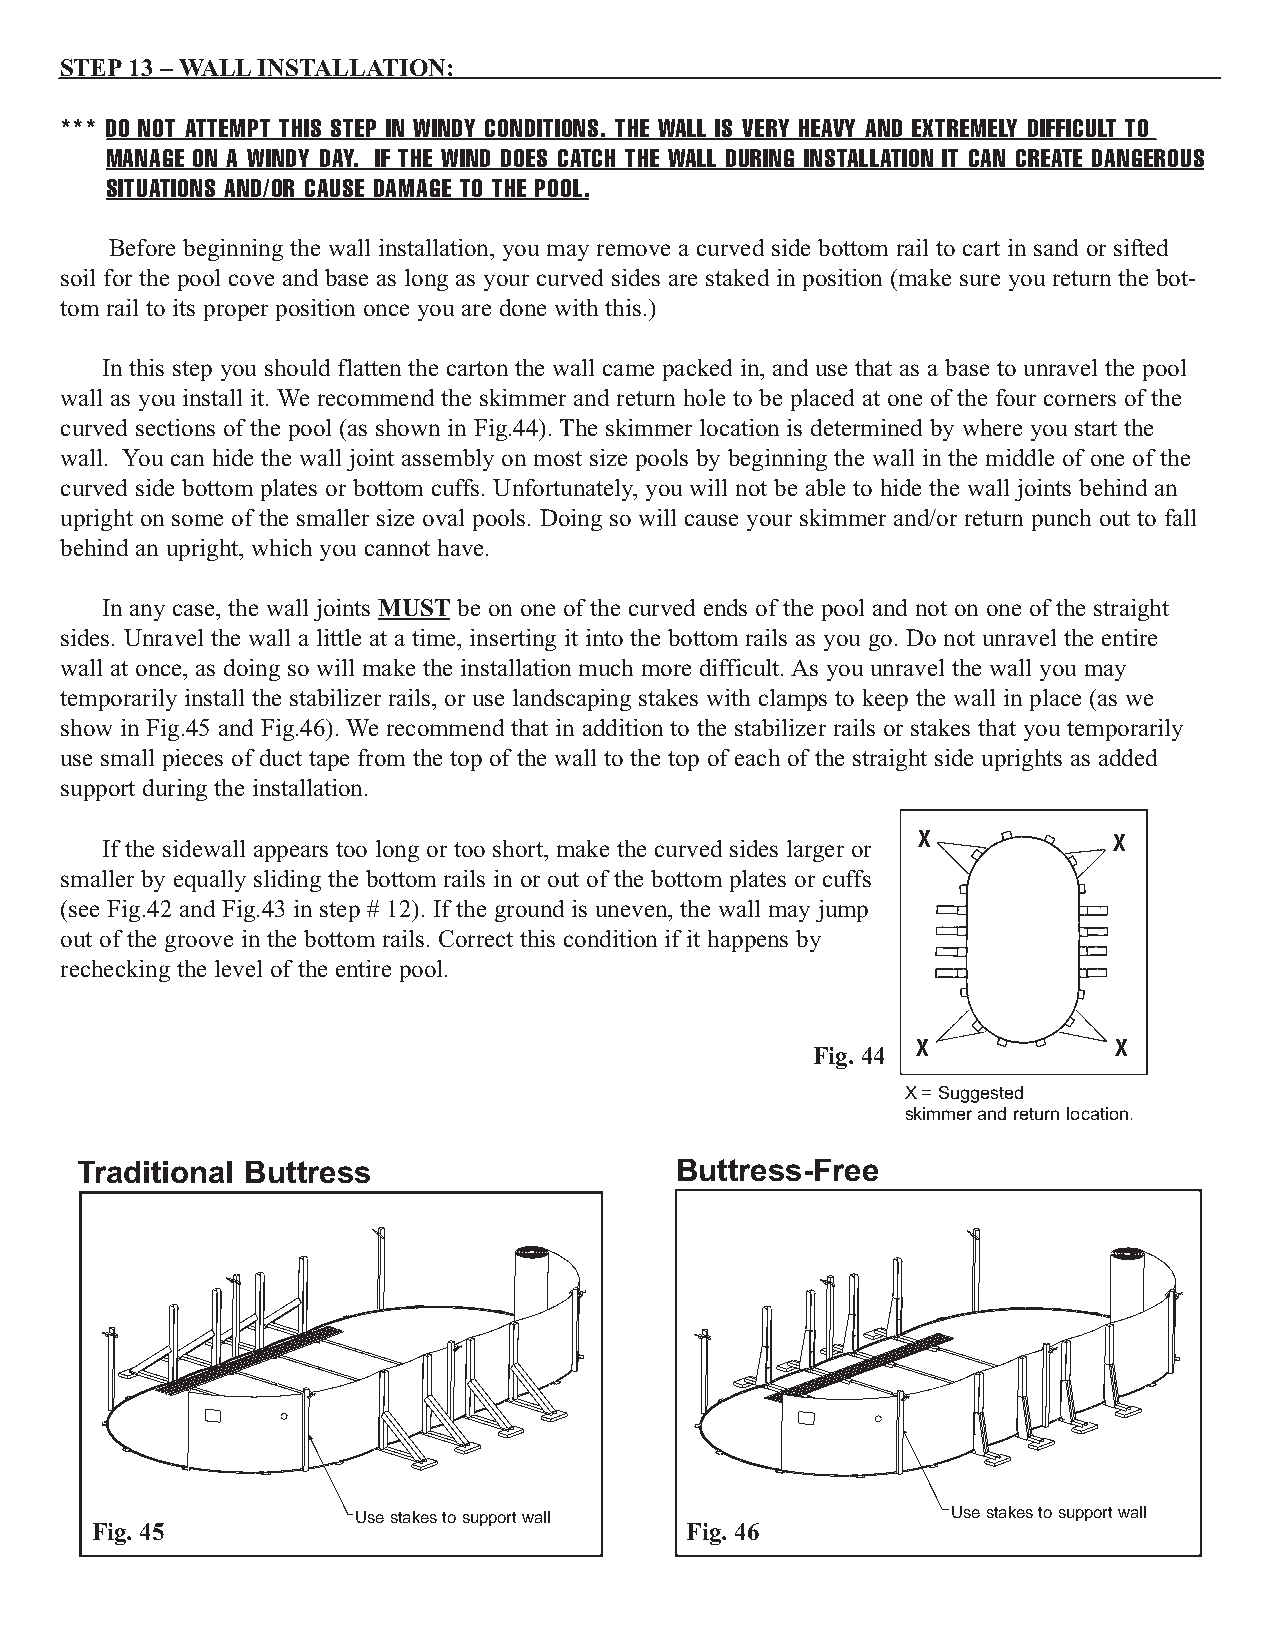
STEP13 – WALLINSTALLATION:
 *** DO NOT ATTEMPT THIS STEP IN WINDY CONDITIONS. THE WALL IS VERY HEAVY AND EXTREMELY DIFFICULT TO
 MANAGE ON A WINDY DAY. IF THE WIND DOES CATCH THE WALL DURING INSTALLATION IT CAN CREATE DANGEROUS
 SITUATIONS AND/OR CAUSE DAMAGE TO THE POOL.
 Before beginning the wall installation, you may remove a curved side bottom rail to cart in sand or sifted
 soil for the pool cove and base as long as your curved sides are staked in position (make sure you return the bot-
 tom rail to its proper position once you are done with this.)
 In this step you should flatten the carton the wall came packed in, and use that as a base to unravel the pool
 wall as you install it. We recommend the skimmer and return hole to be placed at one of the four corners of the
 curved sections of the pool (as shown in Fig.44). The skimmer location is determined by where you start the
 wall. You can hide the wall joint assembly on most size pools by beginning the wall in the middle of one of the
 curved side bottom plates or bottom cuffs. Unfortunately, you will not be able to hide the wall joints behind an
 upright on some of the smaller size oval pools. Doing so will cause your skimmer and/or return punch out to fall
 behind an upright, which you cannot have.
 In any case, the wall joints MUST be on one of the curved ends of the pool and not on one of the straight
 sides. Unravel the wall a little at a time, inserting it into the bottom rails as you go. Do not unravel the entire
 wall at once, as doing so will make the installation much more difficult. As you unravel the wall you may
 temporarily install the stabilizer rails, or use landscaping stakes with clamps to keep the wall in place (as we
 show in Fig.45 and Fig.46). We recommend that in addition to the stabilizer rails or stakes that you temporarily
 use small pieces of duct tape from the top of the wall to the top of each of the straight side uprights as added
 support during the installation.
 If the sidewall appears too long or too short, make the curved sides larger or X X
 smaller by equally sliding the bottom rails in or out of the bottom plates or cuffs
 (see Fig.42 and Fig.43 in step # 12). If the ground is uneven, the wall may jump
 out of the groove in the bottom rails. Correct this condition if it happens by
 rechecking the level of the entire pool.
 X            X
 Fig. 44
 X = Suggested
 skimmer and return location.
 Traditional Buttress                    Buttress-Free
 Use stakes to support wall              Use stakes to support wall
 Fig. 45                                Fig. 46